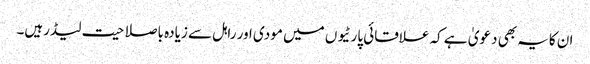
ان کایہ بھی دعویٰ ہے کہ علاقائی پارٹیو ں میں مودی اور راہل سے زیادہ باصلاحیت لیڈرہیں۔